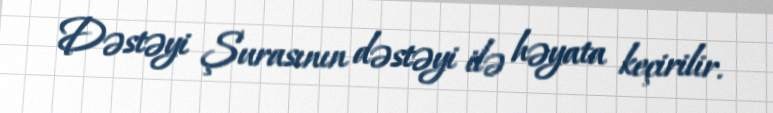
Dəstəyi Şurasının dəstəyi ilə həyata keçirilir.